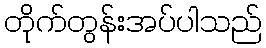
တိုက်တွန်းအပ်ပါသည်